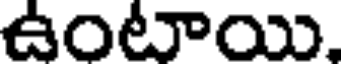
ఉంటాయి,